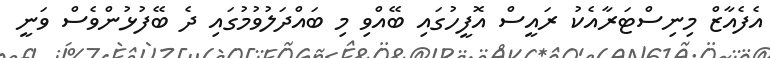
އެފެއާޒް މިނިސްޓަރާއެކު ރައީސް އޮފީހުގައި ބޭއްވި މި ބައްދަލުވުމުގައި ދެ ބޭފުޅުންވެސް ވަނީ